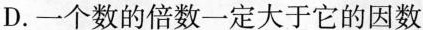
D.一个数的倍数一定大于它的因数